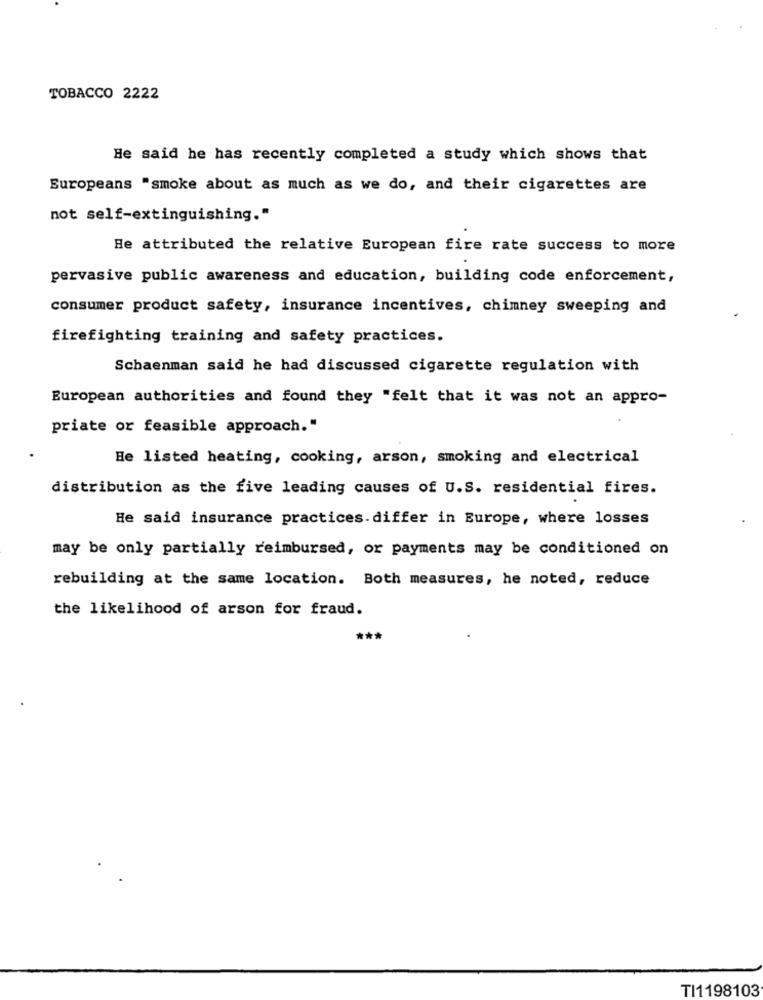
TOBACCO 2222
He said he has recently completed a study which shows that
Europeans "smoke about as much as we do, and their cigarettes are
not self-extinguishing."
He attributed the relative European fire rate success to more
pervasive public awareness and education, building code enforcement,
consumer product safety, insurance incentives, chimney sweeping and
firefighting training and safety practices.
Schaenman said he had discussed cigarette regulation with
European authorities and found they "felt that it was not an appro-
priate or feasible approach."
He listed heating, cooking, arson, smoking and electrical
distribution as the five leading causes of U.S. residential fires.
He said insurance practices.differ in Europe, where losses
may be only partially reimbursed, or payments may be conditioned on
rebuilding at the same location. Both measures, he noted, reduce
the likelihood of arson for fraud.
TI1198103